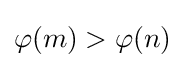
\varphi (m)>\varphi (n)